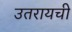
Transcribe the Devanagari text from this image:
उतरायची